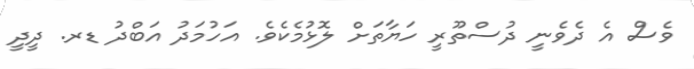
ވެސް އެ ދެވެނީ ދުސްތޫރީ ހަޔާތަށް ލޮޅުމެކެވެ. އަހުމަދު އަބްދު ޑރ. ދީދީ